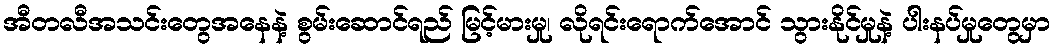
အီတလီအသင်းတွေအနေနဲ့ စွမ်းဆောင်ရည် မြင့်မားမှု၊ လိုရင်းရောက်အောင် သွားနိုင်မှုနဲ့ ပါးနပ်မှုတွေမှာ